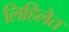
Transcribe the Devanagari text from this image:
लिहिलेत